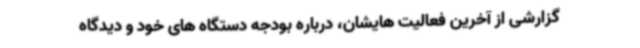
گزارشی از آخرین فعالیت هایشان، درباره بودجه دستگاه های خود و دیدگاه